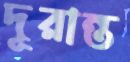
দূরান্ত